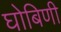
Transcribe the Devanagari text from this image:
घोबिणी